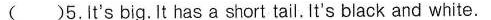
()5.It's big. It has a short tail.T's black and white.